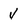
Character: V